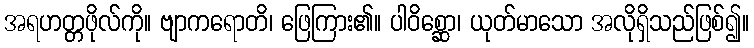
အရဟတ္တဖိုလ်ကို။ ဗျာကရောတိ၊ ဖြေကြား၏။ ပါဝိစ္ဆော၊ ယုတ်မာသော အလိုရှိသည်ဖြစ်၍။